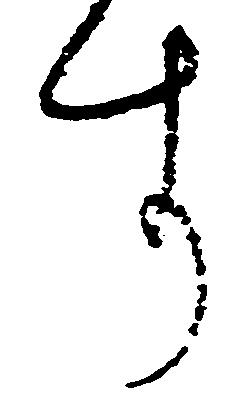
す